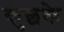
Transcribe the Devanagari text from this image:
कुछके